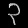
Digit: ၃